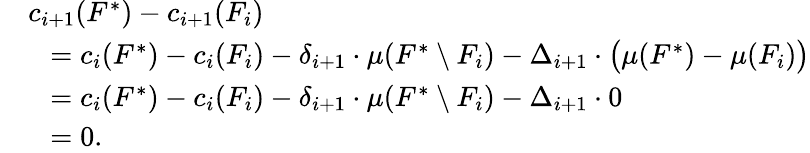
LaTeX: \begin{array}{rl}&{c_{i+1}(F^{*})-c_{i+1}(F_{i})}\\ {}&{~~=c_{i}(F^{*})-c_{i}(F_{i})-\delta_{i+1}\cdot\mu(F^{*}\setminus F_{i})-\Delta_{i+1}\cdot\big(\mu(F^{*})-\mu(F_{i})\big)}\\ {}&{~~=c_{i}(F^{*})-c_{i}(F_{i})-\delta_{i+1}\cdot\mu(F^{*}\setminus F_{i})-\Delta_{i+1}\cdot 0}\\ {}&{~~=0.}\end{array}